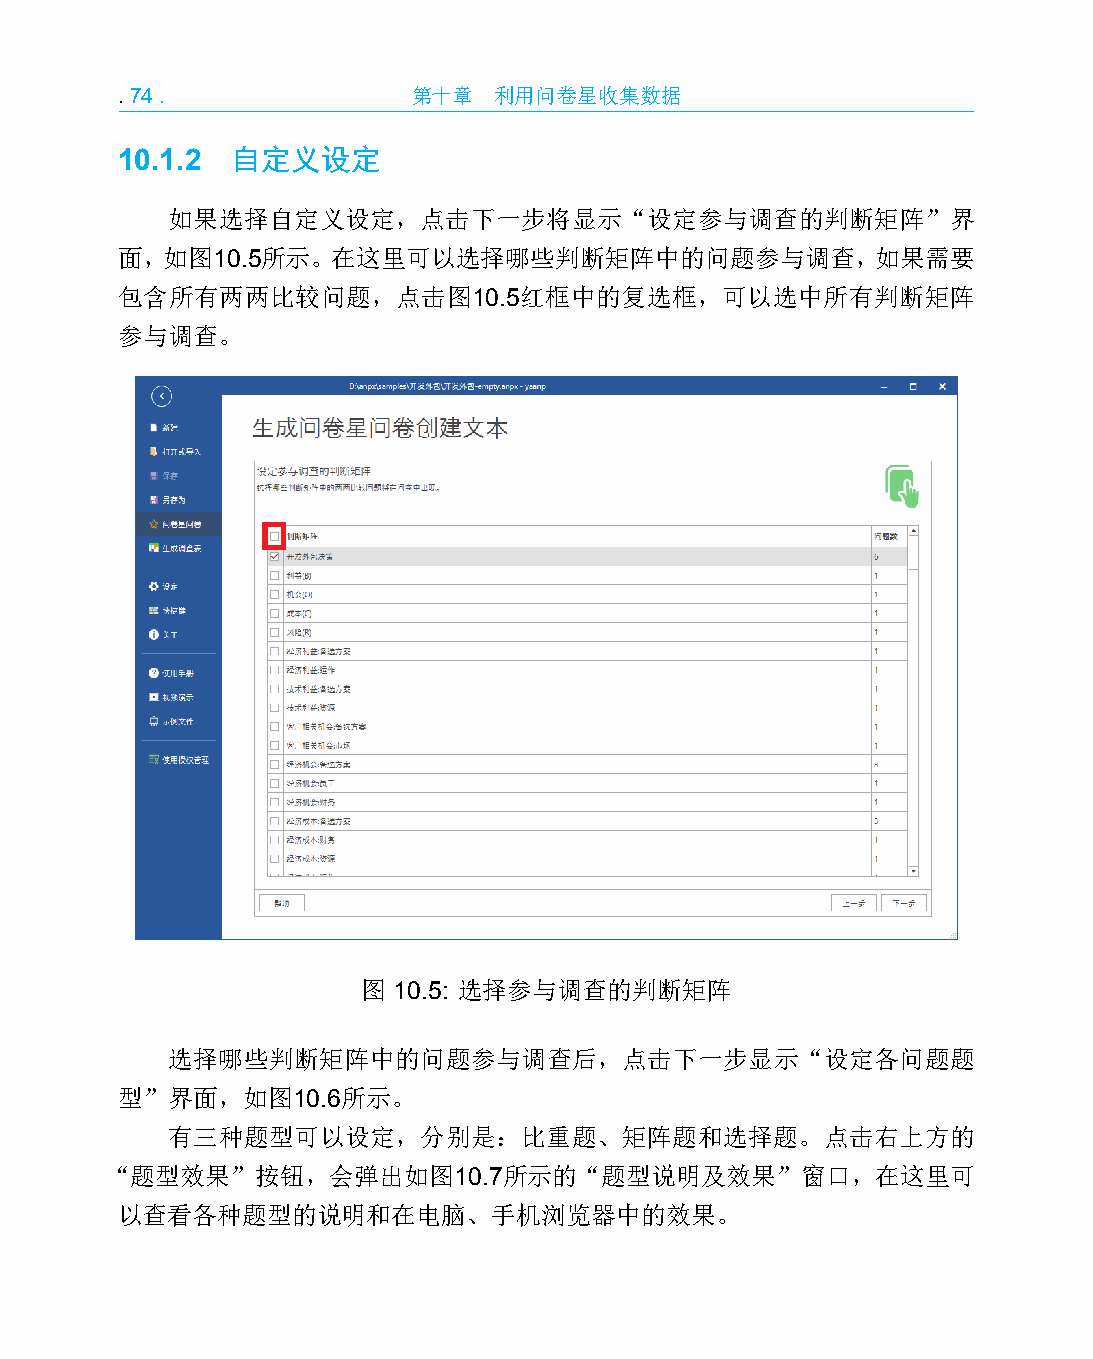
.74.               第十章   利用问卷星收集数据
 10.1.2 自定义设定
 如果选择自定义设定，点击下一步将显示“设定参与调查的判断矩阵”界
 面，如图10.5所示。在这里可以选择哪些判断矩阵中的问题参与调查，如果需要
 包含所有两两比较问题，点击图10.5红框中的复选框，可以选中所有判断矩阵
 参与调查。
 图 10.5: 选择参与调查的判断矩阵
 选择哪些判断矩阵中的问题参与调查后，点击下一步显示“设定各问题题
 型”界面，如图10.6所示。
 有三种题型可以设定，分别是：比重题、矩阵题和选择题。点击右上方的
 “题型效果”按钮，会弹出如图10.7所示的“题型说明及效果”窗口，在这里可
 以查看各种题型的说明和在电脑、手机浏览器中的效果。